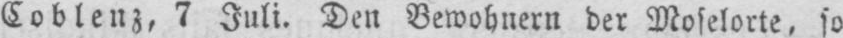
Coblenz, 7 Juli. Den Bewohnern der Moselorte, so